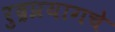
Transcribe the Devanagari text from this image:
रुद्रप्रयागचे